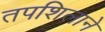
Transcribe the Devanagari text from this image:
तपशिलाने